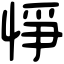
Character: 𢛵